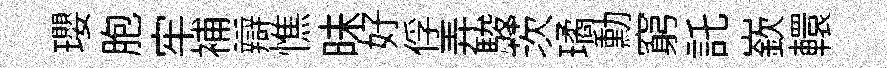
瓔胞牢補辯憔昧好俘弄駿茨璚勳窮託嶔轘